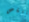
ينقص